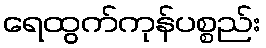
ရေထွက်ကုန်ပစ္စည်း